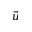
\vec { u }